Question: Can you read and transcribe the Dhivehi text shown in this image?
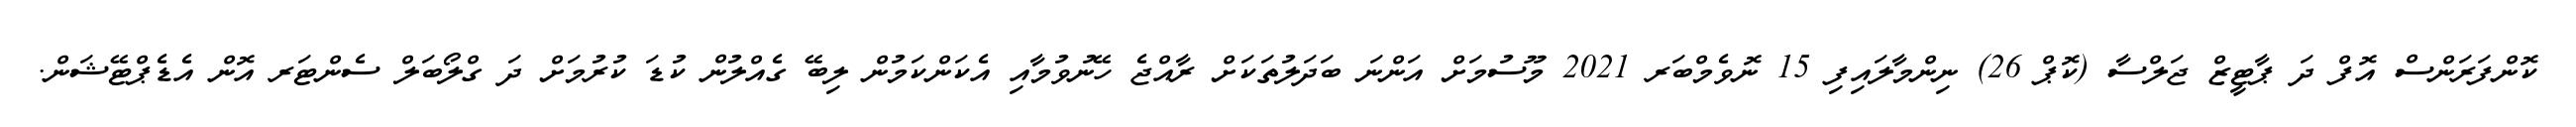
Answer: ކޮންފަރަންސް އޮފް ދަ ޕާޓީޒް ޖަލްސާ (ކޮޕް 26) ނިންމާލައިފި 15 ނޮވެމްބަރ 2021 މޫސުމަށް އަންނަ ބަދަލުތަކަށް ރާއްޖެ ހޭނުވުމާއި އެކަންކަމުން ލިބޭ ގެއްލުން ކުޑަ ކުރުމަށް ދަ ގްލޯބަލް ސެންޓަރ އޮން އެޑެޕްޓޭޝަން.